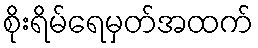
စိုးရိမ်ရေမှတ်အထက်